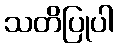
သတိပြုပါ